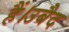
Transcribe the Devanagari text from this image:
हैं।उबैद